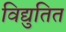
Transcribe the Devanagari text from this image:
विद्युतित